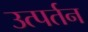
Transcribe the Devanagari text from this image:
उत्पर्तन